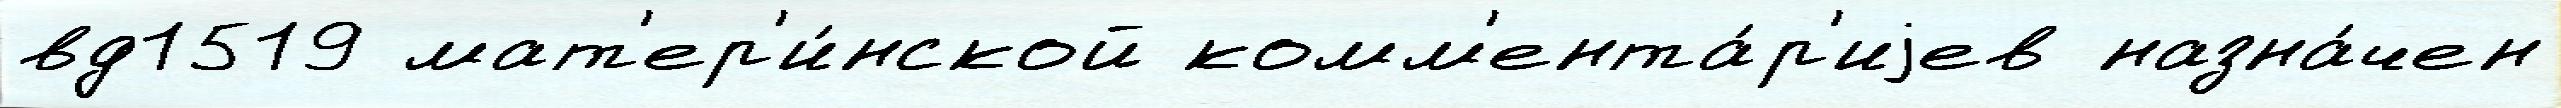
вд1519 мат'ер'и́нской комм'ента́р'иjев назна́чен